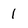
Character: 1